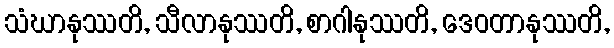
သံဃာနုဿတိ, သီလာနုဿတိ, စာဂါနုဿတိ, ဒေဝတာနုဿတိ,